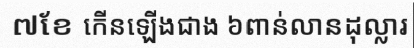
៧ខែ កើនឡើងជាង ៦ពាន់លានដុល្លារ